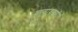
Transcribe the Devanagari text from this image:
वातावरणी